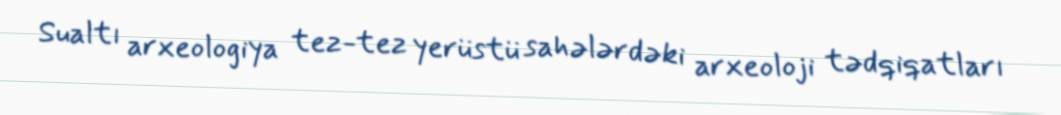
Sualtı arxeologiya tez-tez yerüstü sahələrdəki arxeoloji tədqiqatları